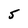
Character: 5